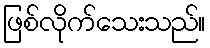
ဖြစ်လိုက်သေးသည်။